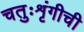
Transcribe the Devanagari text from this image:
चतुःशृंगीची